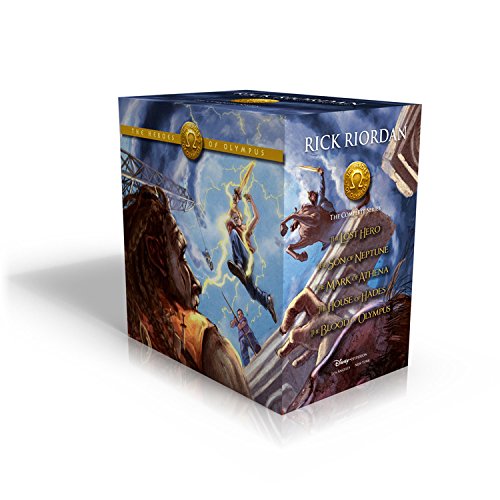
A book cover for The Heroes of Olympus Hardcover Boxed Set; Rick Riordan; Children's Books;